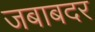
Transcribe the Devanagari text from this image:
जबाबदर